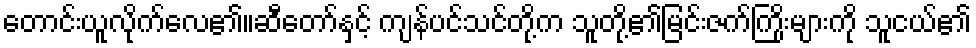
တောင်းယူလိုက်လေ၏။ဆီတော်နှင့် ကျန်ပင်သင်တို့က သူတို့၏မြင်းဇက်ကြိုးများကို သူငယ်၏